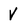
Character: V